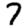
Digit: 7